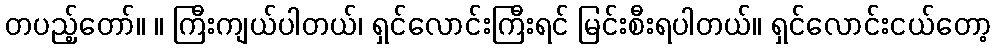
တပည့်တော်။ ။ ကြီးကျယ်ပါတယ်၊ ရှင်လောင်းကြီးရင် မြင်းစီးရပါတယ်။ ရှင်လောင်းငယ်တော့